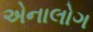
એનાલોગ